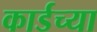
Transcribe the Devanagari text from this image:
कार्डच्या